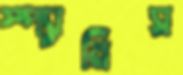
স্প্যানিস